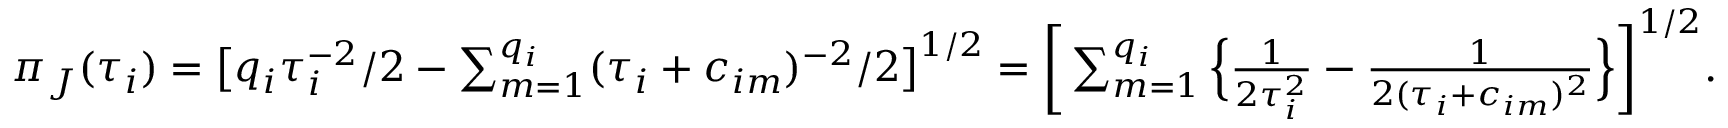
\begin{array} { r } { \pi _ { J } ( \tau _ { i } ) = \big [ q _ { i } \tau _ { i } ^ { - 2 } / 2 - \sum _ { m = 1 } ^ { q _ { i } } ( \tau _ { i } + c _ { i m } ) ^ { - 2 } / 2 \big ] ^ { 1 / 2 } = \bigg [ \sum _ { m = 1 } ^ { q _ { i } } \Big \{ \frac { 1 } { 2 \tau _ { i } ^ { 2 } } - \frac { 1 } { 2 ( \tau _ { i } + c _ { i m } ) ^ { 2 } } \Big \} \bigg ] ^ { 1 / 2 } . } \end{array}